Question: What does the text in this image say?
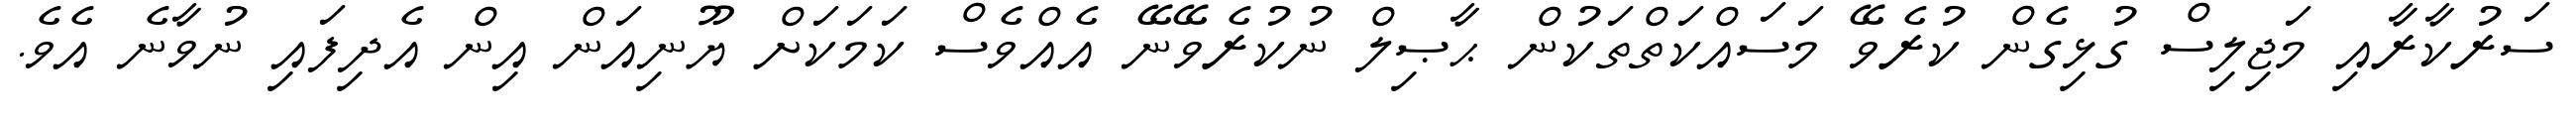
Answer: ސަރުކާރާއި މަޖިލިސް ގުޅިގެން ކުރެވޭ މަސައްކަތްތަކުން ޙާޞިލް ނުކުރެވޭނޭ އެއްވެސް ކަމަކަށް ޔޫނިއަން އިން އެދިފައި ނުވާނެ އެވެ.